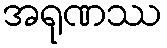
အရုဏဿ